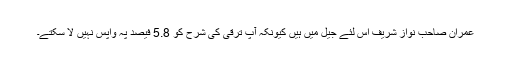
عمران صاحب نواز شریف اِس لئے جیل میں ہیں کیونکہ آپ ترقی کی شرح کو 5.8 فیصد پہ واپس نہیں لا سکتے۔